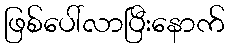
ဖြစ်ပေါ်လာပြီးနောက်